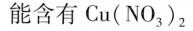
能含有Cu(NO_{3})_{2}